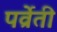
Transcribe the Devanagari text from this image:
पर्व्रेती